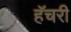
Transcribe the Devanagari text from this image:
हॅचरी